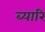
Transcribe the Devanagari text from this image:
ब्यारि